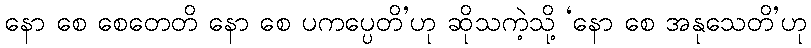
နော စေ စေတေတိ နော စေ ပကပ္ပေတိ’ဟု ဆိုသကဲ့သို့ ‘နော စေ အနုသေတိ’ဟု